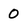
Character: 0